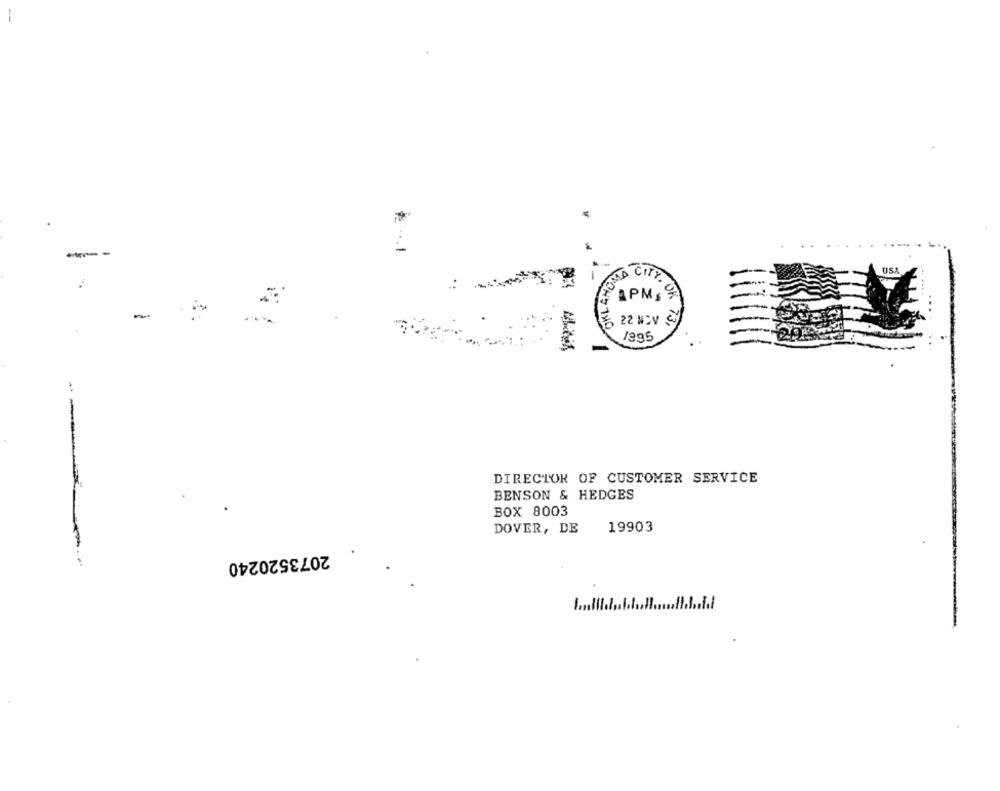
-
.. 1
OKLAHOA
AMA CITY
.:
APM &
-
22 NOV
13,
1995
-
DIRECTOR OF CUSTOMER SERVICE
BENSON & HEDGES
BOX 8003
DOVER, DE
19903
2073520240